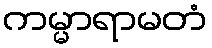
ကမ္မာရာမတံ